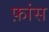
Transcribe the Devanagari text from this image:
फ़ांस